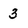
Character: 3